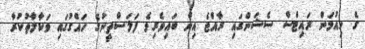
ގެ ހިއުމަން ރައިޓްސް ސެޝަންގައި ރާއްޖެ އިން ބައިވެރިވެ ފަލަސްތީނުގެ ހައްގުގައި ވަކާލާތުކުރާ